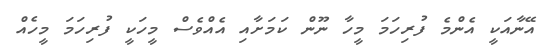
އޭނާއަކީ އެންމެ ފުރިހަމަ މީހާ ނޫން ކަމަށާއި އެއްވެސް މީހަކީ ފުރިހަމަ މީހެއް